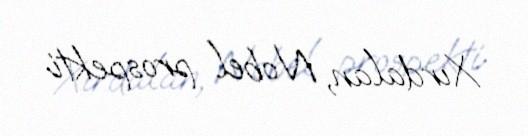
Xırdalan, Nobel prospekti